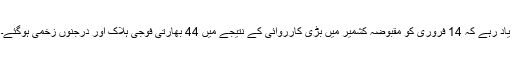
یاد رہے کہ 14 فروری کو مقبوضہ کشمیر میں بڑی کارروائی کے نتیجے میں 44 بھارتی فوجی ہلاک اور درجنوں زخمی ہوگئے۔